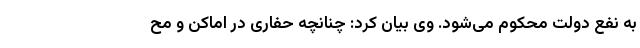
به نفع دولت محکوم می‌شود. وی بیان کرد: چنانچه حفاری در اماکن و مح